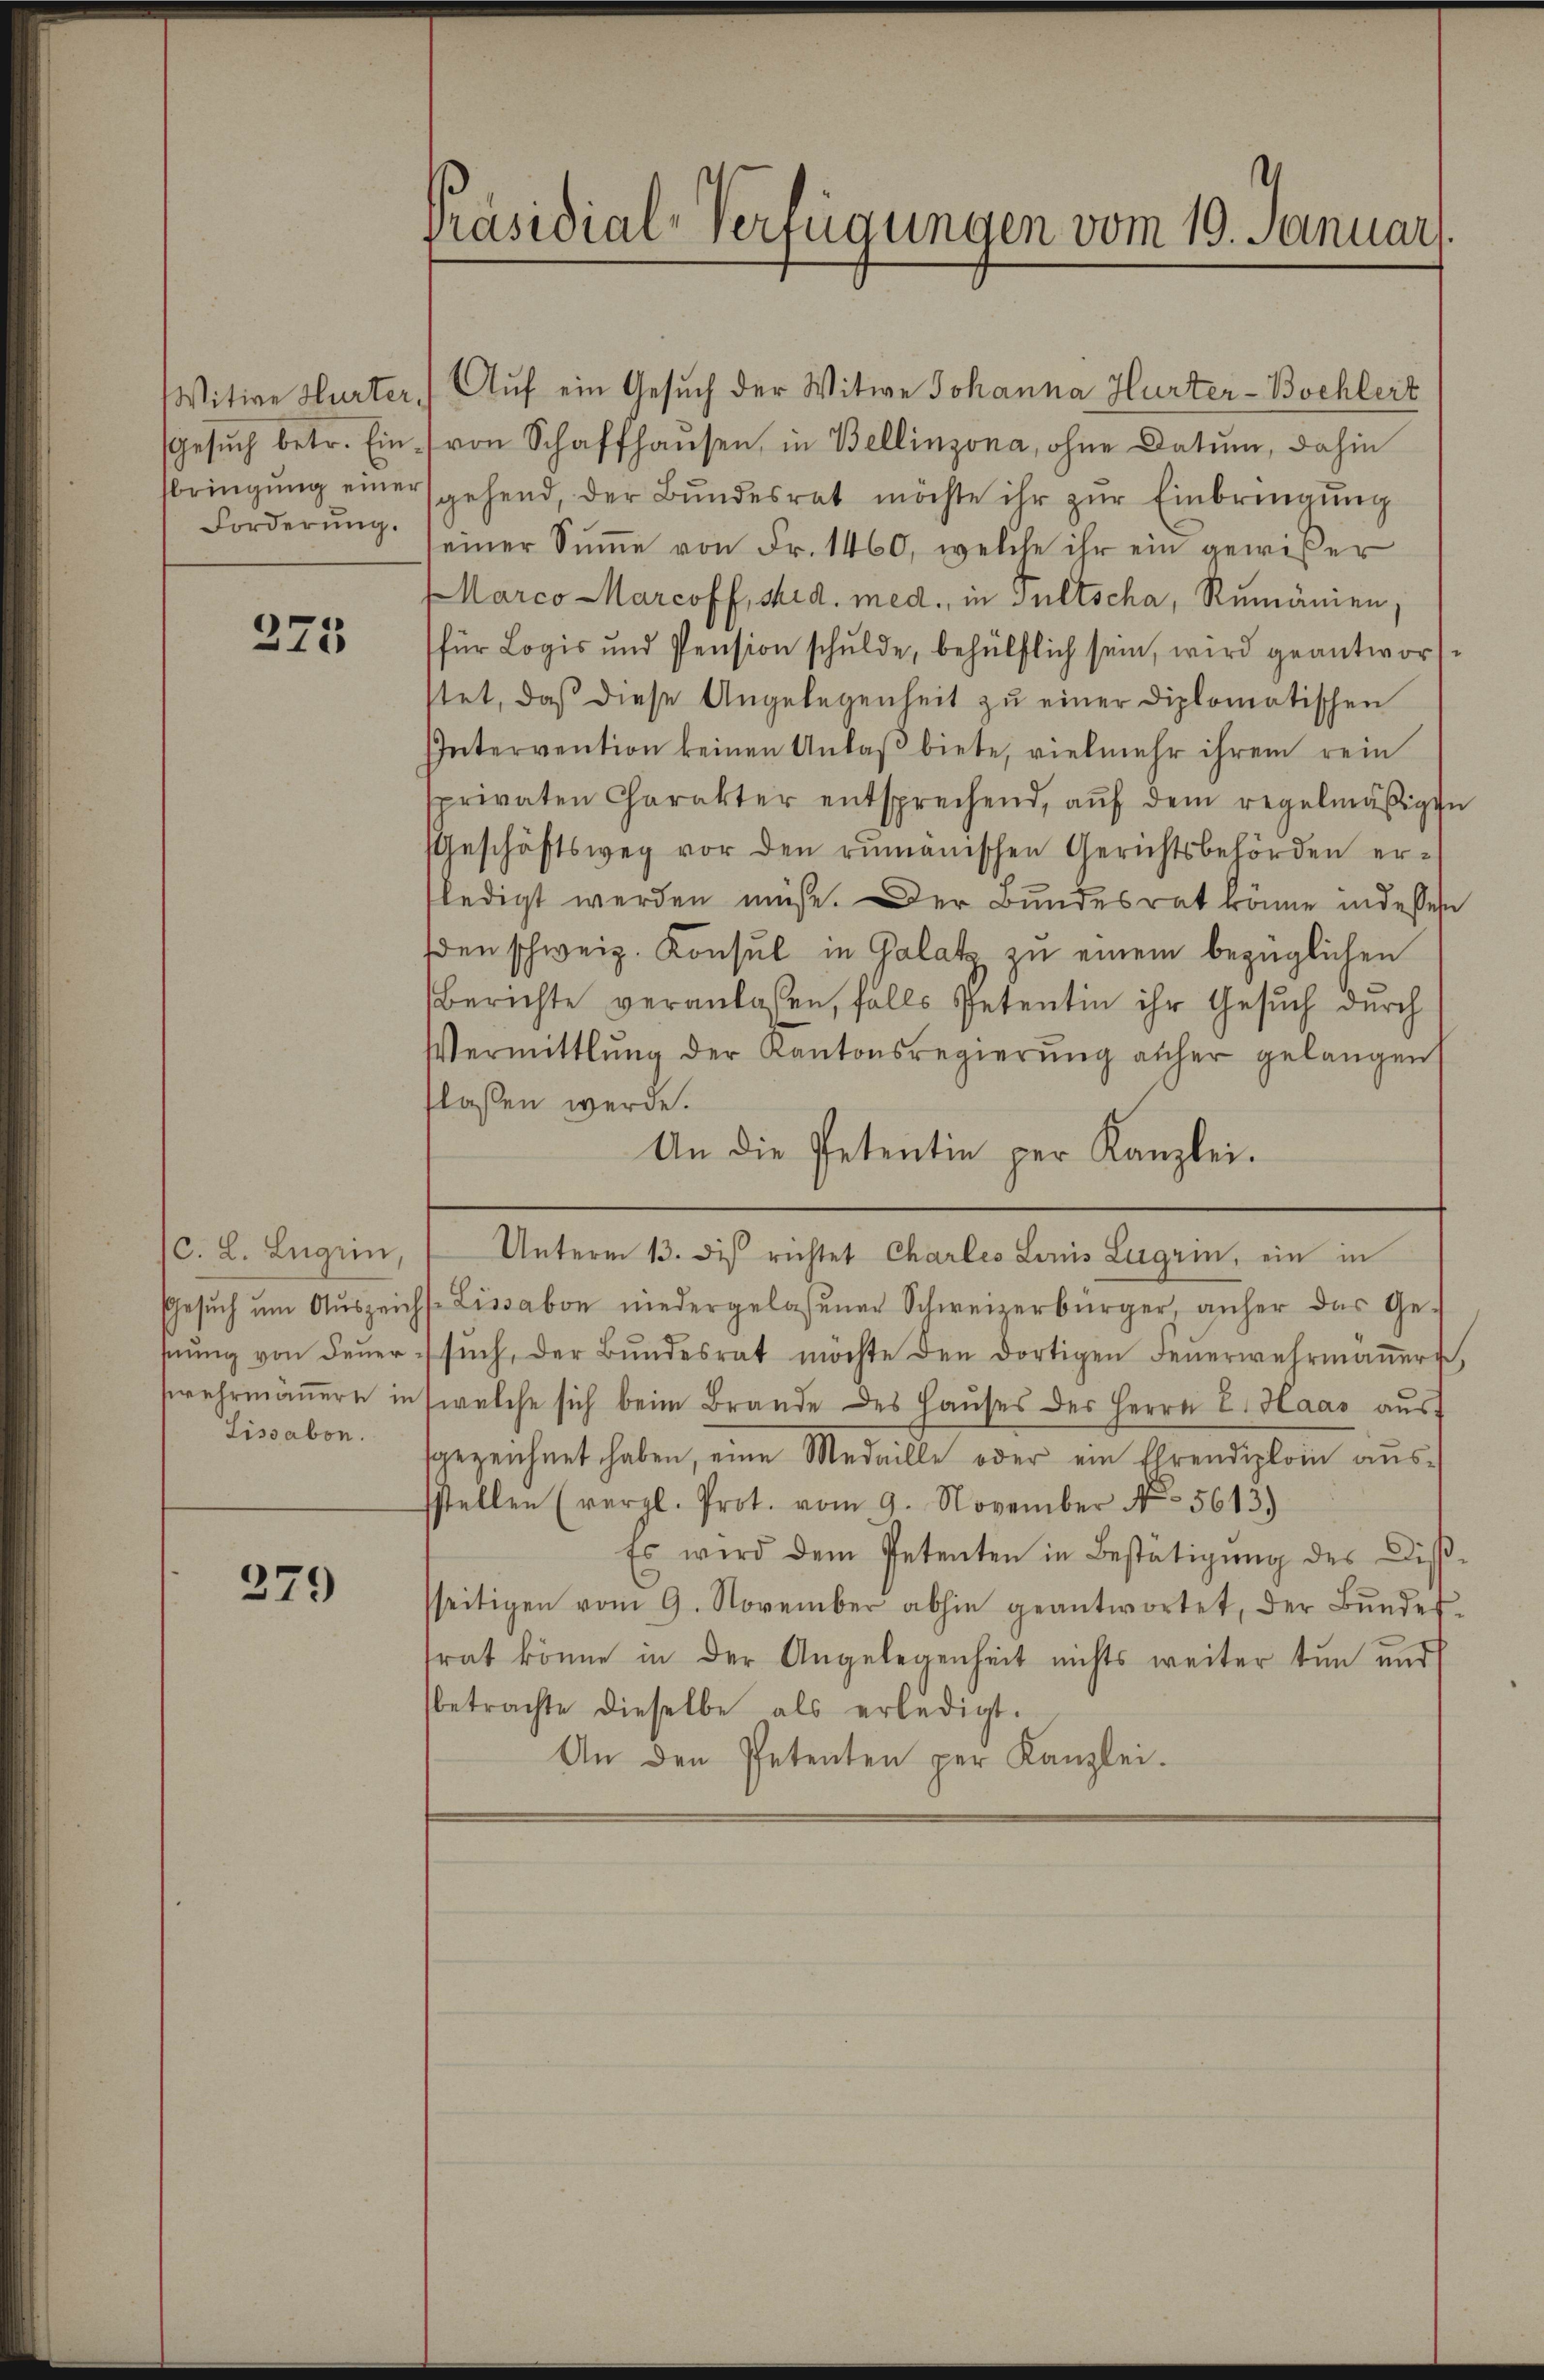
Witwe Hurter
Forderung.

275

c. L. Lugein,
Lissabon.

279

Auf ein Gesuch der Witwe Johanna Hurter-Bochlert
gesŭch betr. Ein (von Schaffhaŭsen, in Bellinzona, ohne Datum, dahin
sbringŭng einer gehend, der Bŭndesrat möchte ihr zŭr Einbringŭng
seiner Sŭṁe von Fr. 1460, welche ihr ein gewißer
Marco Marcoff, sid. med., in Gültscha, Rumänien,
für Logis und Pension schulde, behülflich sein, wird geantwortstet, daß diese Angelegenheit zu einer Diplomatischen
Intervention keinen Anlaβ biete, vielmehr ihrem rein
sprivaten Charakter entsprechend, aŭf dem regelmäβigen
(Geschäftsweg vor den rumänischen Gerichtsbehörden erfledigt werden müße. Der Bundesrat könne in dessen
den schweiz. Konsul in Galat zu einem bezüglichen
Berichte veranlassen, falls Petentin ihr Gesuch durch
Vermittlung der Kantonsregierŭng anher gelangen
flassen werde.
An die Petentie per Kanzlei.
Unterm 13. des richtet Charles Linis Lugrin, ein in
Gesŭch ŭm Aŭszeichs-Lissabon niedergelassenen Schweizerbürger, anher das Ge-
sŭng von Feŭersŭch, der Bŭndesrat möchte den dortigen Feŭerwehrmaṅer,
swehrmäṅern in welche sich beim Brande des Haŭses des Herrn E. Haas aŭs
sgezeichnet haben, eine Medaille oder ein Ehrendiploi aus-
sstellen (vergl. Prot. vom 9. November No 5613.)
Es wird dem Petenten in Bestätigŭng des Dis-
seitigen vom 9. November abhin geantwortet, der Bŭndes-
trat könne in der Angelegenheit nichts weiter tun und
betrachte dieselbe als erledigt.
An den Petenten per Kanzlei.

Präsidial-Verfügungen vom 19. Januar